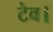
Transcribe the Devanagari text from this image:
टेव।